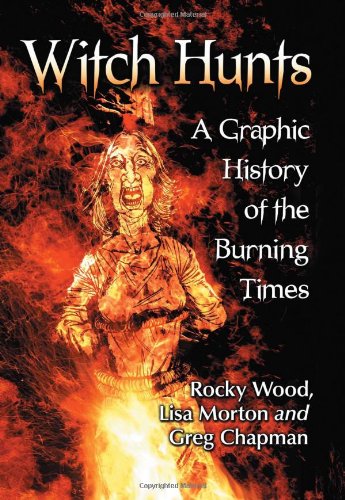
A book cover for Witch Hunts: A Graphic History of the Burning Times; Rocky Wood; Comics & Graphic Novels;